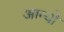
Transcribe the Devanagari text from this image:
आन्‍यो